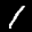
Label: 1